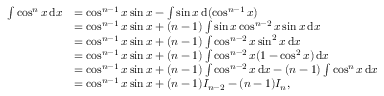
{ \begin{array} { r l } { \int \cos ^ { n } x \, { \mathrm { d } } x } & { = \cos ^ { n - 1 } x \sin x - \int \sin x \, { \mathrm { d } } ( \cos ^ { n - 1 } x ) } \\ & { = \cos ^ { n - 1 } x \sin x + ( n - 1 ) \int \sin x \cos ^ { n - 2 } x \sin x \, { \mathrm { d } } x } \\ & { = \cos ^ { n - 1 } x \sin x + ( n - 1 ) \int \cos ^ { n - 2 } x \sin ^ { 2 } x \, { \mathrm { d } } x } \\ & { = \cos ^ { n - 1 } x \sin x + ( n - 1 ) \int \cos ^ { n - 2 } x ( 1 - \cos ^ { 2 } x ) \, { \mathrm { d } } x } \\ & { = \cos ^ { n - 1 } x \sin x + ( n - 1 ) \int \cos ^ { n - 2 } x \, { \mathrm { d } } x - ( n - 1 ) \int \cos ^ { n } x \, { \mathrm { d } } x } \\ & { = \cos ^ { n - 1 } x \sin x + ( n - 1 ) I _ { n - 2 } - ( n - 1 ) I _ { n } , } \end{array} }